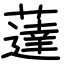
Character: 薘